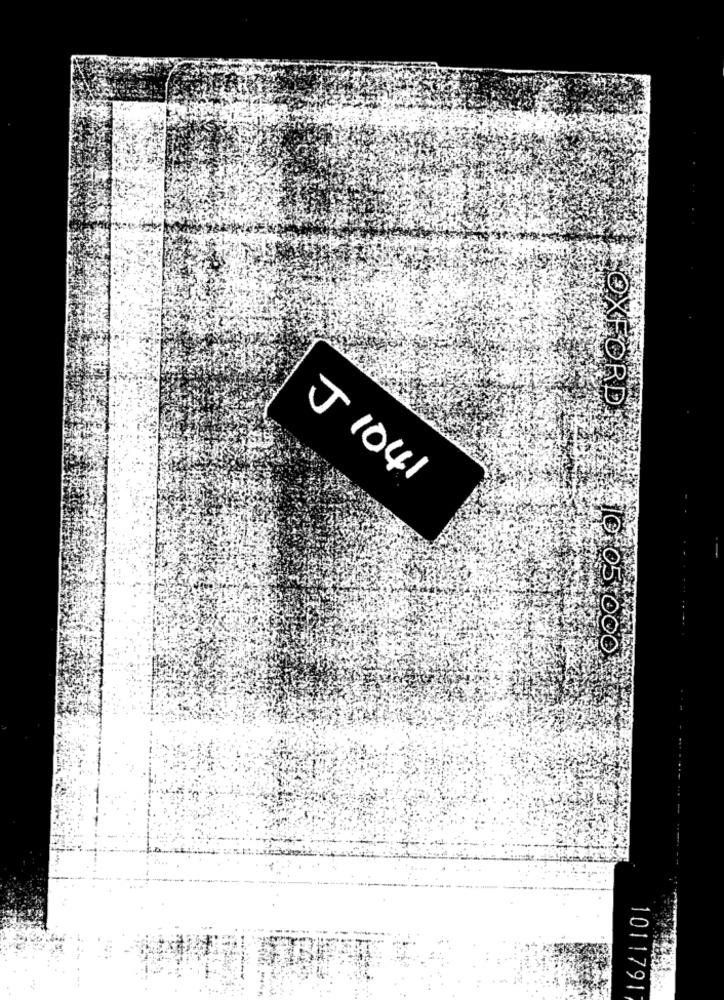
OXFORD
J 1041
10.05 000
1011791